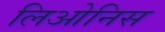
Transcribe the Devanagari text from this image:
लिओनिस